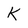
Character: K